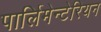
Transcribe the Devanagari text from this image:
पार्लिमेन्टेरियन